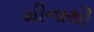
મીનાથી